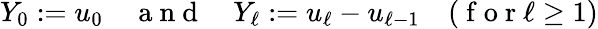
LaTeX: Y_{0}:=u_{0}\quad\mathrm{~a~n~d~}\quad Y_{\ell}:=u_{\ell}-u_{\ell-1}\quad(\mathrm{~f~o~r~}\ell\ge 1)